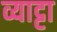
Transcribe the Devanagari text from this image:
व्याट्टा